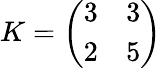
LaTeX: K={\left(\begin{array}{ll}{3}&{3}\\ {2}&{5}\end{array}\right)}